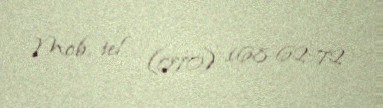
Mob. tel (070) 168-62-72